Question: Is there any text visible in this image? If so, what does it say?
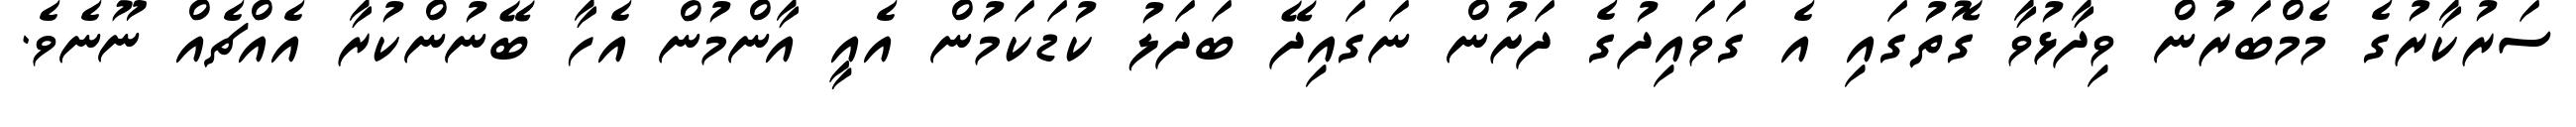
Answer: ސަރުކާރުގެ މެމްބަރުން ވިދާޅުވާ ގޮތުގައި އެ ގަވައިދުގެ ދަށުން ނަގައިދޭ ބަދަލު ކުޑަކަމުން އެއީ އާންމުން އެހާ ބޭނުންކުރާ އެއްޗެއް ނޫނެވެ.